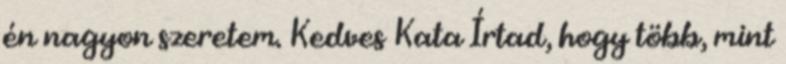
én nagyon szeretem. Kedves Kata Írtad, hogy több, mint